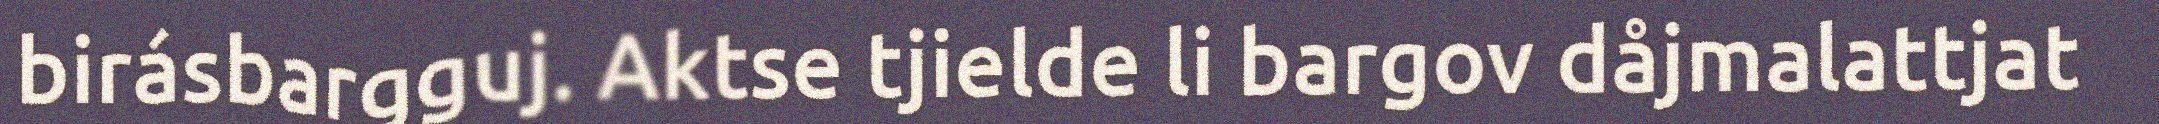
birásbargguj. Aktse tjielde li bargov dåjmalattjat